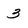
Character: 3